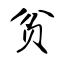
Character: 贫